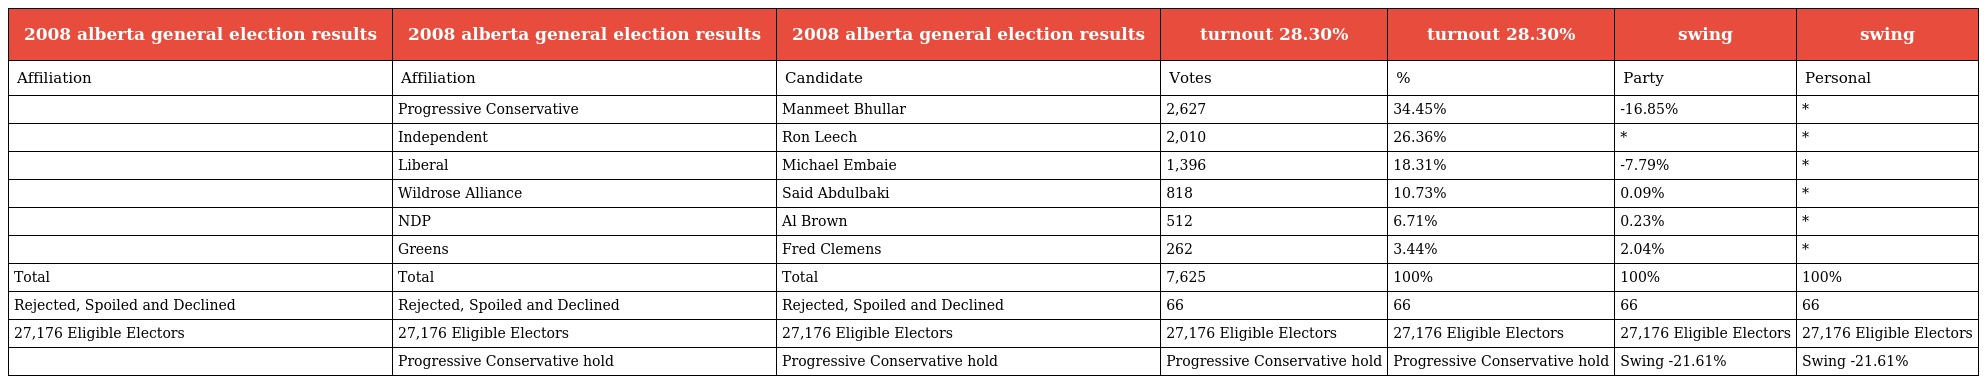
| 2008 alberta general election results | 2008 alberta general election results | 2008 alberta general election results | turnout 28.30% | turnout 28.30% | swing | swing |
 | --- | --- | --- | --- | --- | --- | --- |
 | Affiliation | Affiliation | Candidate | Votes | % | Party | Personal |
 |  | Progressive Conservative | Manmeet Bhullar | 2,627 | 34.45% | -16.85% | * |
 |  | Independent | Ron Leech | 2,010 | 26.36% | * | * |
 |  | Liberal | Michael Embaie | 1,396 | 18.31% | -7.79% | * |
 |  | Wildrose Alliance | Said Abdulbaki | 818 | 10.73% | 0.09% | * |
 |  | NDP | Al Brown | 512 | 6.71% | 0.23% | * |
 |  | Greens | Fred Clemens | 262 | 3.44% | 2.04% | * |
 | Total | Total | Total | 7,625 | 100% | 100% | 100% |
 | Rejected, Spoiled and Declined | Rejected, Spoiled and Declined | Rejected, Spoiled and Declined | 66 | 66 | 66 | 66 |
 | 27,176 Eligible Electors | 27,176 Eligible Electors | 27,176 Eligible Electors | 27,176 Eligible Electors | 27,176 Eligible Electors | 27,176 Eligible Electors | 27,176 Eligible Electors |
 |  | Progressive Conservative hold | Progressive Conservative hold | Progressive Conservative hold | Progressive Conservative hold | Swing -21.61% | Swing -21.61% |